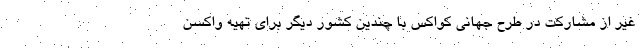
غیر از مشارکت در طرح جهانی کواکس با چندین کشور دیگر برای تهیه واکسن